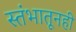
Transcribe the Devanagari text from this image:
स्तंभातूनही